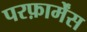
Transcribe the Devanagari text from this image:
परफ़ार्मेंस